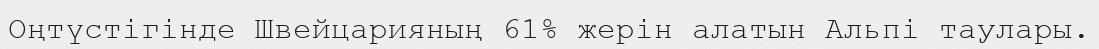
Оңтүстігінде Швейцарияның 61% жерін алатын Альпі таулары.